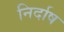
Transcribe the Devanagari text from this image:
निर्दाष